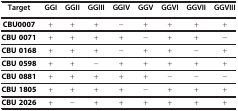
<table><thead><tr><td><b>Target</b></td><td><b>GGI</b></td><td><b>GGII</b></td><td><b>GGIII</b></td><td><b>GGIV</b></td><td><b>GGV</b></td><td><b>GGVI</b></td><td><b>GGVII</b></td><td><b>GGVIII</b></td></tr></thead><tbody><tr><td><b>CBU0007</b></td><td>+</td><td>+</td><td>+</td><td>−</td><td>+</td><td>+</td><td>+</td><td>+</td></tr><tr><td><b>CBU 0071</b></td><td>+</td><td>+</td><td>+</td><td>+</td><td>−</td><td>+</td><td>+</td><td>−</td></tr><tr><td><b>CBU 0168</b></td><td>+</td><td>+</td><td>+</td><td>−</td><td>+</td><td>+</td><td>−</td><td>+</td></tr><tr><td><b>CBU 0598</b></td><td>+</td><td>+</td><td>−</td><td>+</td><td>+</td><td>+</td><td>+</td><td>+</td></tr><tr><td><b>CBU 0881</b></td><td>+</td><td>+</td><td>+</td><td>+</td><td>+</td><td>−</td><td>−</td><td>−</td></tr><tr><td><b>CBU 1805</b></td><td>+</td><td>+</td><td>+</td><td>+</td><td>−</td><td>+</td><td>+</td><td>+</td></tr><tr><td><b>CBU 2026</b></td><td>+</td><td>−</td><td>+</td><td>+</td><td>+</td><td>+</td><td>+</td><td>+</td></tr></tbody></table>